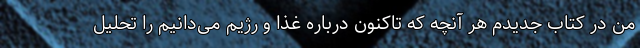
من در کتاب جدیدم هر آنچه که تاکنون درباره غذا و رژیم می‌دانیم را تحلیل